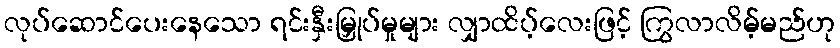
လုပ်ဆောင်ပေးနေသော ရင်းနှီးမြှုပ်မှုများ လျှာထိပ့်လေးဖြင့် ကြွလာလိမ့်မည်ဟု